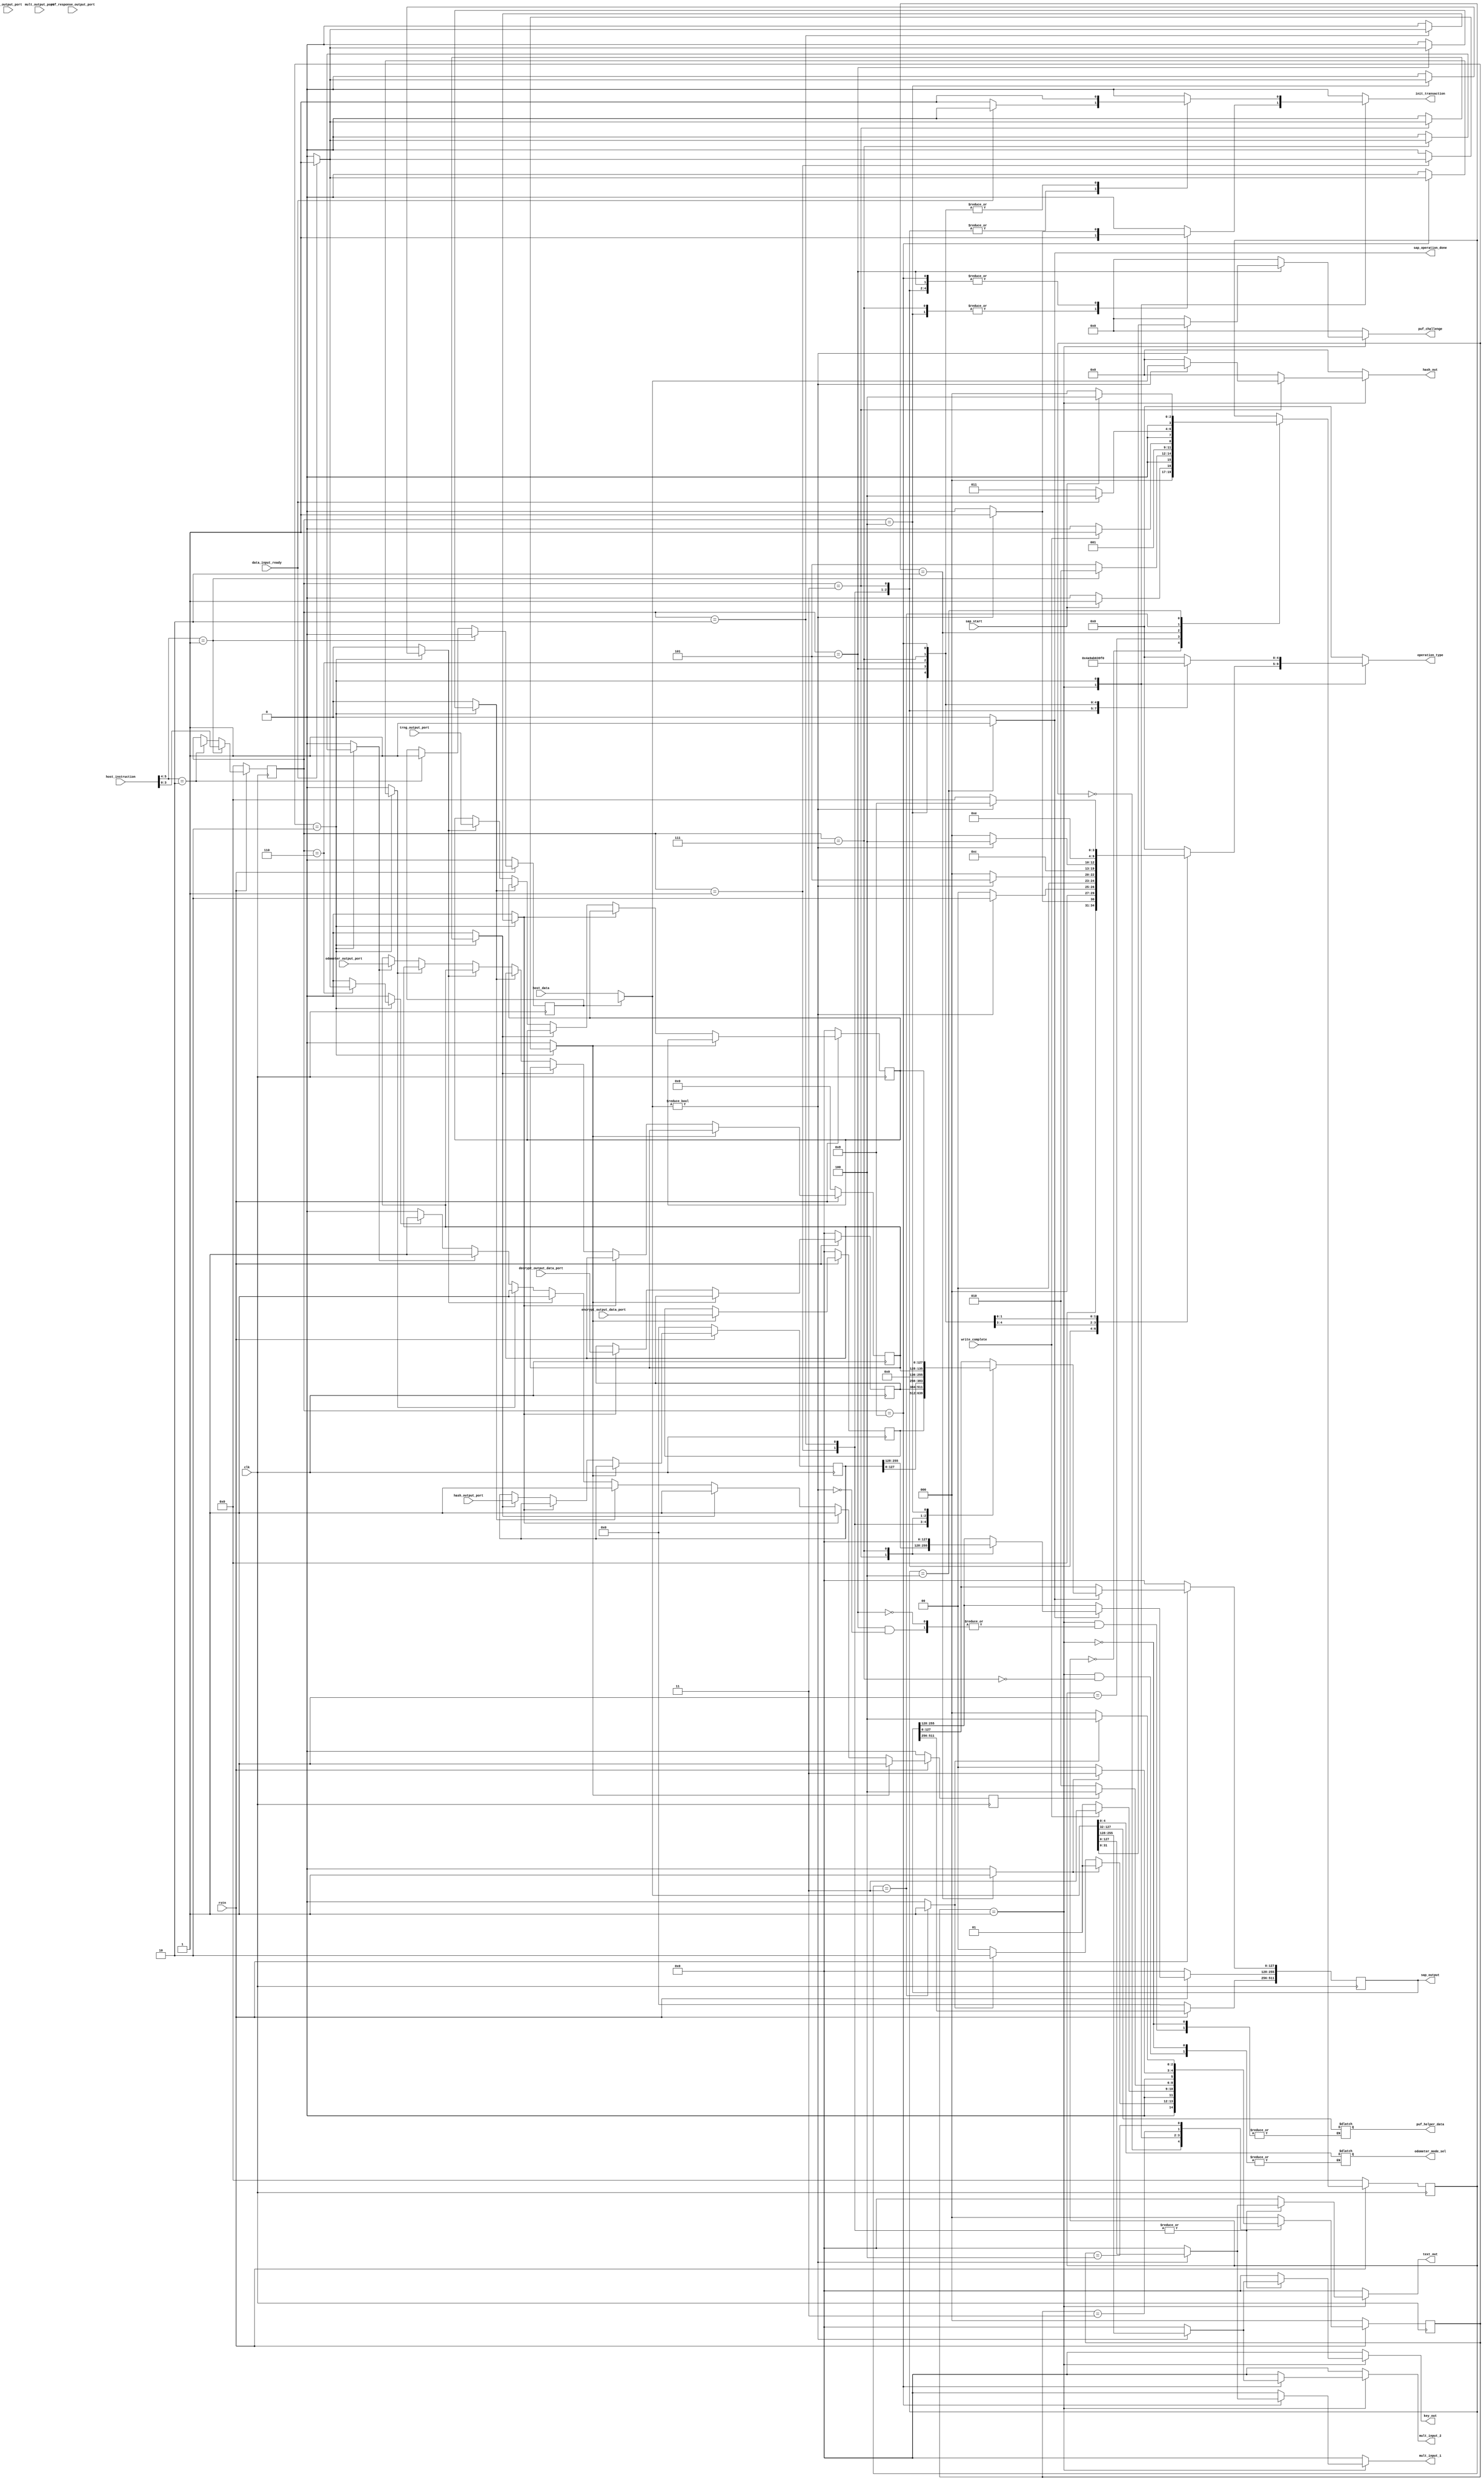
`timescale 1ns / 1ps
//////////////////////////////////////////////////////////////////////////////////
// Company: FICS
// 
// Design Name: SAP
// Module Name: sap_master
// Project Name: SAP
// Target Devices: 
// Tool Versions: 
// Description: 
// 
// Dependencies: 
// 
// Revision:
// Revision 0.01 - File Created
// Additional Comments:
// 
//////////////////////////////////////////////////////////////////////////////////


module sap_master #(
	parameter integer INSTRUCT_SIZE = 4,
	parameter integer HOST_INSTRUCT_SIZE = 6,
	parameter SECURE_FUNC_ENC = 2'b10,
	parameter NON_SECURE_FUNC_ENC = 2'b01,
	parameter INSTRUCT_ENCRPT   = 4'b0001,
	parameter INSTRUCT_DECRPT   = 4'b0010,
	parameter INSTRUCT_HASH     = 4'b0011,
	parameter INSTRUCT_TRNG     = 4'b0100,
	parameter INSTRUCT_PUF      = 4'b0101,
	parameter INSTRUCT_ERR_COR  = 4'b0110,
	parameter INSTRUCT_ODOMETER = 4'b0111,
	parameter INSTRUCT_MULT     = 4'b1000,
	parameter INSTRUCT_RAM_WRITE = 4'b1001,
	parameter INSTRUCT_RAM_READ = 4'b1010,
	parameter integer NO_OF_SLAVE = 7,
	
	//
	parameter integer ADDR_BUS_WIDTH = 32,
	parameter integer DATA_BUS_WIDTH = 32,
	parameter integer INPUT_DATA_SIZE = 128,
	parameter integer MAX_INPUT_DATA_SIZE = 512,
	parameter integer AES_TEXT_KEY_SIZE = 128,
	parameter integer HASH_INPUT_SIZE = 512,
	parameter integer ODOMETER_INPUT_SIZE = 5,
	parameter integer PUF_CHALLENGE_SIZE = 32,
	parameter integer PUF_HELPER_WIDTH = 96,
	parameter integer MULT_INPUT_SIZE = 128,
	parameter integer HASH_OUTPUT_SIZE = 256,
	parameter integer PUF_RESPONSE_SIZE = 256 ,
	parameter integer TRNG_DATA_SIZE = 128,
	parameter integer MULT_OUTPUT_SIZE = 128,
	parameter integer ODOMETER_OUTPUT_SIZE = 8,
	parameter integer ECC_OUTPUT_SIZE = 128,
	parameter integer MAX_OUTPUT_DATA_SIZE = 512,
	//
	parameter integer OPERATION_ENCODE_SIZE = 5,
	parameter ENCRPT_WRITE_ENCODE   = 5'b00001,
	parameter DECRPT_WRITE_ENCODE   = 5'b00010,
	parameter TRNG_WRITE_ENCODE     = 5'b00011,
	parameter PUF_WRITE_ENCODE      = 5'b00100,
	parameter HASH_WRITE_ENCODE     = 5'b00101,
	parameter ECC_WRITE_ENCODE      = 5'b00110,
	parameter ODOMETER_WRITE_ENCODE = 5'b00111,
	parameter MULT_WRITE_ENCODE     = 5'b01000,
	parameter ENCRPT_READ_ENCODE    = 5'b01001,
	parameter DECRPT_READ_ENCODE    = 5'b01010,
	parameter TRNG_READ_ENCODE      = 5'b01011,
	parameter PUF_READ_ENCODE       = 5'b01100,
	parameter HASH_READ_ENCODE      = 5'b01101,
	parameter ECC_READ_ENCODE       = 5'b01110,
	parameter ODOMETER_READ_ENCODE  = 5'b01111,
	parameter MULT_READ_ENCODE      = 5'b10000,
	parameter RAM_WRITE_ENCODE      = 5'b10001,
	parameter RAM_READ_ENCODE      = 5'b10010,
	
	parameter total_number_byte_size = 8,
	parameter enable_data_out_size = 32,
	parameter ecc_mult_input_size = 32,
	parameter ECC_input_size = 128,
	parameter test_response_size = 32,
	parameter KS_value_size = 4,
	parameter P_value_size = 4,
	parameter capture_count_size = 16,
	//parameter output_response_size = 1024;
	parameter TRNG_output_size = 128,
	parameter Private_key_chip_size = 128,
	parameter hash_output_size = 256,
	parameter ecc_output_size = 256
	
	//Base addresses
//	parameter AES_WRITE_BASE_ADDR = 32'h00000000,
//	parameter AES_READ_BASE_ADDR = 32'h00000190,
//	parameter TRNG_WRITE_BASE_ADDR = 32'h00000320,
//	parameter TRNG_READ_BASE_ADDR = 32'h000004B0,
//	parameter HASH_WRITE_BASE_ADDR = 32'h00000640,
//	parameter HASH_READ_BASE_ADDR= 32'h000007D0,
//	parameter PUF_WRITE_BASE_ADDR = 32'h00000960,
//	parameter PUF_READ_BASE_ADDR= 32'h00000AF0,
//	parameter ECC_WRITE_BASE_ADDR = 32'h00000C80,
//	parameter ECC_READ_BASE_ADDR= 32'h00000E10,
//	parameter ODOMTR_WRITE_BASE_ADDR = 32'h00000FA0,
//	parameter ODOMTR_READ_BASE_ADDR= 32'h00001130,
//	parameter MULT_WRITE_BASE_ADDR = 32'h000012C0,
//	parameter MULT_READ_BASE_ADDR= 32'h00001450



)( clk, rstn, host_instruction, host_data, write_complete, text_out, key_out, operation_type, hash_out, odometer_mode_sel, puf_challenge, puf_helper_data,
mult_input_1, mult_input_2, encrypt_output_data_port, decrypt_output_data_port, hash_output_port, puf_response_output_port,
trng_output_port, mult_output_port, odometer_output_port, ecc_output_port, data_input_ready, init_transaction, sap_start, sap_operation_done, sap_output


    );
    
    //`include "parameter_sap.v"
    
    //Global Input signals and inputs from host
    input clk, rstn;
    input [HOST_INSTRUCT_SIZE-1:0] host_instruction;
    input [MAX_INPUT_DATA_SIZE-1:0] host_data;
    input sap_start;
    
    //Inputs from SAP master wrapper for internal transactions
    
    input data_input_ready;
    input write_complete;
    input [AES_TEXT_KEY_SIZE-1:0] encrypt_output_data_port, decrypt_output_data_port;
    input [HASH_OUTPUT_SIZE-1:0] hash_output_port;
    input [PUF_RESPONSE_SIZE-1:0] puf_response_output_port;
    input [TRNG_DATA_SIZE-1:0] trng_output_port;
    input [MULT_OUTPUT_SIZE-1:0] mult_output_port;
    input [ODOMETER_OUTPUT_SIZE-1:0] odometer_output_port;
    input [ECC_OUTPUT_SIZE-1:0] ecc_output_port;
    
    //output signals to host
    //output reg busy;
    output reg sap_operation_done;
	output reg [MAX_OUTPUT_DATA_SIZE-1:0] sap_output;
    
    //Output signals to wrapper for internal transactions
   
    output reg [AES_TEXT_KEY_SIZE-1:0] text_out;
    output reg [AES_TEXT_KEY_SIZE-1:0] key_out;
    output reg [HASH_INPUT_SIZE-1:0] hash_out;
    output reg [ODOMETER_INPUT_SIZE-1:0] odometer_mode_sel;
    output reg [PUF_CHALLENGE_SIZE-1:0] puf_challenge;
	output reg [PUF_HELPER_WIDTH-1:0] puf_helper_data;
    output reg [MULT_INPUT_SIZE-1:0] mult_input_1, mult_input_2;
    output reg [OPERATION_ENCODE_SIZE-1:0] operation_type;
    output reg init_transaction;
    
    reg [MAX_INPUT_DATA_SIZE-1:0] input_data_port;
    wire [MAX_INPUT_DATA_SIZE-1:0] internal_data_port;
    wire [HASH_INPUT_SIZE-1:0] hash_input;
    wire [1:0] secure_or_non;
    reg input_select;
    reg [INSTRUCT_SIZE-1:0] input_instuct;
    reg [AES_TEXT_KEY_SIZE-1:0] encrypt_output, decrypted_output;
    reg [HASH_OUTPUT_SIZE-1:0] hash_output;
    reg [PUF_RESPONSE_SIZE-1:0] puf_response_output;
    reg [TRNG_DATA_SIZE-1:0] trng_output;
    reg [MULT_OUTPUT_SIZE-1:0] mult_output;
    reg [ODOMETER_OUTPUT_SIZE-1:0] odometer_output;
    reg [ECC_OUTPUT_SIZE-1:0] ecc_output;
    reg encrypt_output_ready, decrypt_output_ready, hash_output_ready, puf_response_ready;
    reg trng_output_ready, mult_output_ready, odometer_output_ready, ecc_output_ready;
    reg input_data_transfer_complete;
    reg non_secure_func_start;
    reg secure_func_start;
    reg [INSTRUCT_SIZE-1:0] sap_secure_instruction;
    reg [NO_OF_SLAVE-1:0] slave_busy;
    reg write_start, read_start;
//    reg done_write, done_read;
    //Input select determines whether the input is coming from HOST processor or from inside SAP
    
	always @(input_select or host_data or internal_data_port)
		begin
			if (input_select  == 0)
				input_data_port <= host_data;
			else 
				input_data_port <= internal_data_port;
		end
    
    assign secure_or_non = host_instruction[HOST_INSTRUCT_SIZE-1:HOST_INSTRUCT_SIZE-2];
    
    // Instruction decode for secure and non-secure task. assignment of input_instuct
    
    always @(posedge clk )
    begin
        if (rstn == 0)
            begin
                input_instuct <= 0;
                input_select <= 0;
            end
        else 
            begin
                if (secure_or_non == NON_SECURE_FUNC_ENC)
                    begin
                        input_instuct <= host_instruction[HOST_INSTRUCT_SIZE-3:0];
                        input_select <= 0;
                    end
                else if (secure_or_non == SECURE_FUNC_ENC)
                    begin
                        input_instuct <= sap_secure_instruction;
                        input_select <= 1;
                    end
            end
    end
	
	// SAP output to host
	
	always @(posedge clk)
		begin
			if (rstn == 0)
				begin
					sap_output <= 0;
				end
				
			else 
				begin
					if (sap_operation_done == 1)
						begin
							case (input_instuct)
									INSTRUCT_ENCRPT  : begin sap_output[AES_TEXT_KEY_SIZE-1:0] <= encrypt_output; end
									INSTRUCT_DECRPT  : begin sap_output[AES_TEXT_KEY_SIZE-1:0] <= decrypted_output; end
									INSTRUCT_HASH    : begin sap_output[HASH_OUTPUT_SIZE-1:0] <= hash_output; end
									INSTRUCT_ODOMETER: begin sap_output[HASH_OUTPUT_SIZE-1:0] <= odometer_output; end
									INSTRUCT_TRNG    : begin sap_output[TRNG_DATA_SIZE-1:0] <= trng_output; end
									
							endcase
						end
						
				end
		
		end
    
    // Determining if any slave is busy or idle
    
    always @(posedge clk)
        begin
            if (rstn == 0)
                begin
                    slave_busy <= 0;
                end
              
             else if (write_complete == 1)
                begin
                    case (input_instuct)
                        INSTRUCT_ENCRPT  : begin slave_busy[0] <= 1; end
                        INSTRUCT_DECRPT  : begin slave_busy[0] <= 1; end
                        INSTRUCT_HASH    : begin slave_busy[1] <= 1; end
                        INSTRUCT_TRNG    : begin slave_busy[2] <= 1; end
                        INSTRUCT_PUF     : begin slave_busy[3] <= 1; end
                        INSTRUCT_ERR_COR : begin slave_busy[4] <= 1; end
                        INSTRUCT_ODOMETER: begin slave_busy[5] <= 1; end
                        INSTRUCT_MULT    : begin slave_busy[6] <= 1; end
                     endcase
                end
             else if (input_data_transfer_complete == 1)
                begin
                    case (input_instuct)
                        INSTRUCT_ENCRPT  : begin slave_busy[0] <= 0; end
                        INSTRUCT_DECRPT  : begin slave_busy[0] <= 0; end
                        INSTRUCT_HASH    : begin slave_busy[1] <= 0; end
                        INSTRUCT_TRNG    : begin slave_busy[2] <= 0; end
                        INSTRUCT_PUF     : begin slave_busy[3] <= 0; end
                        INSTRUCT_ERR_COR : begin slave_busy[4] <= 0; end
                        INSTRUCT_ODOMETER: begin slave_busy[5] <= 0; end
                        INSTRUCT_MULT    : begin slave_busy[6] <= 0; end
                     endcase
                end
  
        end
        
   
    //Registers to store the read data from slaves
     always @(posedge clk) begin
        if (rstn == 0) begin
          
			encrypt_output <= 0;
			decrypted_output <= 0;
			hash_output <= 0;
			puf_response_output <= 0;
			trng_output <=0;
			mult_output <= 0;
			odometer_output <= 0;
			ecc_output <= 0;
			input_data_transfer_complete <= 0;
        end
        
     else if (encrypt_output_ready == 1) 
        begin
            encrypt_output <= encrypt_output_data_port;  
            input_data_transfer_complete <= 1;
        end   
     else if (decrypt_output_ready == 1)  
        begin      
            decrypted_output <= decrypt_output_data_port;  
            input_data_transfer_complete <= 1;
        end
     else if (hash_output_ready == 1)       
        begin 
            hash_output <= hash_output_port;        
            input_data_transfer_complete <= 1;
        end    
     else if (puf_response_ready == 1)     
        begin   
            puf_response_output <= puf_response_output_port;
            input_data_transfer_complete <= 1;
        end    
     else if (trng_output_ready == 1) 
        begin
            trng_output <= trng_output_port;    
            input_data_transfer_complete <= 1;    
        end 
     else if (mult_output_ready == 1) 
        begin
            mult_output <= mult_output_port;     
            input_data_transfer_complete <= 1; 
        end  
     else if (odometer_output_ready == 1) 
        begin
            odometer_output <= odometer_output_port;    
            input_data_transfer_complete <= 1;
        end
     else if (ecc_output_ready == 1) 
        begin
            ecc_output <= ecc_output_port;   
            input_data_transfer_complete <= 1;   
        end   
    //#################################################################################
    else
        input_data_transfer_complete <= 0;
     end
     //#################################################################################
     
    //FSM for managing read and write to the components
    localparam   IDLE  = 'd0,
                WRITE = 'd1,
                READ  = 'd2,
                WRITE_DONE  = 'd3,
                READ_DONE = 'd4;
        
    reg [2:0] state, next_state;
            
    always @(posedge clk)
    begin
        if (rstn == 0)
            state <= IDLE;
        else 
            state <= next_state;
    end
    
    always @(*)
    begin
    
//        error <= 0;
        next_state <= state;
        init_transaction <= 0;
//        done_write <= 0;
//        done_read <= 0;
        text_out <= 0;
        key_out <= 0;
        operation_type <= 0;
        hash_out <= 0;
        puf_challenge <= 0;
        mult_input_1 <= 0;
        mult_input_2 <= 0;
        encrypt_output_ready <= 0;
        decrypt_output_ready <= 0;
        hash_output_ready <= 0;
        trng_output_ready <= 0;
        puf_response_ready <= 0;
        ecc_output_ready <= 0;
        odometer_output_ready <= 0;
        mult_output_ready <= 0;
        case(state)
            IDLE:   begin
                        if (write_start == 1)
                            next_state <= WRITE;
                        else if (read_start == 1)
                            next_state <= READ;
                        else 
                            next_state <= IDLE;
                    end
                    
             WRITE: begin    
                         if (write_complete == 1)
                            begin
                                init_transaction <= 0;
                                next_state <= WRITE_DONE;
                            end
                         else 
                                next_state <= WRITE;
                              
                                            
                       case (input_instuct)
                       INSTRUCT_ENCRPT:     begin
                                                    
                                                    if (input_data_port != 0)
                                                    begin
                                                            text_out <= input_data_port[AES_TEXT_KEY_SIZE-1:0];
                                                            key_out <= input_data_port[AES_TEXT_KEY_SIZE*2-1:AES_TEXT_KEY_SIZE];
                                                            operation_type <= ENCRPT_WRITE_ENCODE;
                                                            init_transaction <= 1;
                                                           
                                                    end
                                                                                                     
                                            end
                                            
                       INSTRUCT_DECRPT:     begin
                                                    if (input_data_port != 0)
                                                    begin
                                                            text_out <= input_data_port[AES_TEXT_KEY_SIZE-1:0];
                                                            key_out <= input_data_port[AES_TEXT_KEY_SIZE*2-1:AES_TEXT_KEY_SIZE];
                                                            operation_type <= DECRPT_WRITE_ENCODE;
                                                            init_transaction <= 1;
                                                       
                                                    end
                                                                                                      
                                            end 
                                            
                       INSTRUCT_HASH:       begin
                                                    if (input_data_port != 0)
                                                    begin
                                                            hash_out <= input_data_port[HASH_INPUT_SIZE-1:0];
                                                            operation_type <= HASH_WRITE_ENCODE;
                                                            init_transaction <= 1;
                                                        
                                                    end
                                                    
                                            end 
                                            
                       INSTRUCT_TRNG:       begin
                                                    operation_type <= TRNG_WRITE_ENCODE;
                                                    init_transaction <= 1;
                                                  
                                                    
                                            end 
                                            
                       INSTRUCT_PUF:        begin
                                                    if (input_data_port != 0)
                                                    begin
                                                            puf_challenge <= input_data_port[PUF_CHALLENGE_SIZE-1:0];
															puf_helper_data <= input_data_port[PUF_CHALLENGE_SIZE+PUF_HELPER_WIDTH-1:PUF_CHALLENGE_SIZE];
                                                            operation_type <= PUF_WRITE_ENCODE;
                                                            init_transaction <= 1;
                                                          
                                                    end
                                                    
                                            end 
                                            
                       INSTRUCT_RAM_WRITE:    begin
                                                      
                                            end 
                                            
                       INSTRUCT_ODOMETER:   begin
                                                    odometer_mode_sel <= input_data_port[ODOMETER_INPUT_SIZE-1:0];
                                                    operation_type <= ODOMETER_WRITE_ENCODE;
                                                    init_transaction <= 1;
                                               
                                            end
                                           
                                            
                       INSTRUCT_MULT:       begin
                                                    if (input_data_port != 0)
                                                    begin
                                                            mult_input_1 <= input_data_port[MULT_INPUT_SIZE-1:0];
                                                            mult_input_2 <= input_data_port[MULT_INPUT_SIZE*2-1:MULT_INPUT_SIZE];
                                                            operation_type <= MULT_WRITE_ENCODE;
                                                            init_transaction <= 1;
                                                        
                                                    end
                                                    
                                            end
                       endcase                   
                    end
                    
             READ: begin
                            
                         if (input_data_transfer_complete == 1) 
                            begin
                                init_transaction <= 0;
                                next_state <= READ_DONE;
                            end
                         else 
                            begin
                                next_state <= READ;
                            end
                            
                        case (input_instuct)
                        
                        INSTRUCT_ENCRPT:    begin
                                                operation_type <= ENCRPT_READ_ENCODE;
                                                init_transaction <= 1;
                                                //#################################################################################
                                                if (data_input_ready == 1 )
                                                begin 
                                                    encrypt_output_ready <= 1;
                                                    init_transaction <= 0;
                                                end
                                                //#################################################################################
                                                
 
                                            end
                                            
                        INSTRUCT_DECRPT:    begin
                                                operation_type <= DECRPT_READ_ENCODE;
                                                init_transaction <= 1;
                                                //#################################################################################
                                                if (data_input_ready == 1 )
                                                begin 
                                                    decrypt_output_ready <= 1;
                                                    init_transaction <= 0;
                                                end
                                                //#################################################################################
 
                                            end
                                            
                        INSTRUCT_HASH:      begin
                                                 operation_type <= HASH_READ_ENCODE;
                                                 init_transaction <= 1;
                                                 
                                                 if (data_input_ready == 1 ) 
                                                 begin
                                                    hash_output_ready <= 1;
                                                    init_transaction <= 0;
                                                 end
                                                      
                                            end
                                            
                        INSTRUCT_TRNG:      begin
                                                operation_type <= TRNG_READ_ENCODE;
                                                init_transaction <= 1;
                                                
                                                if (data_input_ready == 1 ) 
                                                    trng_output_ready <= 1;
                                                    
                                            end
                                            
                        INSTRUCT_PUF:       begin
                                                operation_type <= PUF_READ_ENCODE;
                                                init_transaction <= 1;
                                                
                                                 if (data_input_ready == 1 ) 
                                                    puf_response_ready <= 1;
                                                    
                                            end
                                            
                        INSTRUCT_ERR_COR:   begin
                                                operation_type <= ECC_READ_ENCODE;
                                                init_transaction <= 1;
                                                
                                                if (data_input_ready == 1 ) 
                                                    ecc_output_ready <= 1;
                                                    
                                            end
                                            
                        INSTRUCT_ODOMETER:  begin
                                                operation_type <= ODOMETER_READ_ENCODE;
                                                init_transaction <= 1;
                                                
                                                if (data_input_ready == 1 ) 
                                                    odometer_output_ready <= 1;
                                                    
                                            end
                                            
                        INSTRUCT_MULT:      begin
                                                operation_type <= MULT_READ_ENCODE;
                                                init_transaction <= 1;
                                                
                                                if (data_input_ready == 1 ) 
                                                    mult_output_ready <= 1;
                                                        
                         
                                            end
                        
                        endcase
                    end
                    
             WRITE_DONE: begin
//                            done_write <= 1;
                            if (write_start == 0)
                                next_state <= IDLE;
                            else 
                                next_state <= WRITE_DONE;
                         end   
                         
             READ_DONE: begin
//                            done_read <= 1;                                
                            if (read_start == 0)
                                next_state <= IDLE;
                            else 
                                next_state <= READ_DONE;
                        end
             
             default: 
                            next_state <= IDLE;
        endcase
    
    end
    
    // SAP FSM Controller 
     localparam  SAP_IDLE     = 'd0,
                SAP_S_OR_NS  = 'd1,
                SAP_NS_WRITE = 'd2,
                SAP_NS_READ  = 'd3,  
                SAP_NS_DONE  = 'd4,
                SAP_S_WRITE  = 'd5;
                
     reg [3:0] sap_state, sap_next_state;
     
     always @(posedge clk)
        begin
            if (rstn == 0)
                sap_state <= SAP_IDLE;
            else 
                sap_state <= sap_next_state;
        end
    
    always @(*)
        begin
            sap_operation_done <= 0;
            sap_next_state <= sap_state;
            write_start <= 0;
            read_start <= 0;
            
            case(sap_state)
                SAP_IDLE:   begin
                                if (sap_start == 1)
                                    sap_next_state <= SAP_S_OR_NS;
                                else 
                                    sap_next_state <= SAP_IDLE;
                            end
                            
                SAP_S_OR_NS: begin
                                if (secure_or_non == NON_SECURE_FUNC_ENC) 
                                    sap_next_state <= SAP_NS_WRITE;    
                                else 
                                    sap_next_state <= SAP_S_WRITE; 
                              end  
                SAP_NS_WRITE: begin
                                    write_start <= 1;
                                    //#################################################################################
                                    if (write_complete == 1)
                                    //#################################################################################
                                        sap_next_state <= SAP_NS_READ;  
                                    else 
                                        sap_next_state <= SAP_NS_WRITE; 
                              end
                SAP_NS_READ: begin
                                    write_start <= 0;
                                    read_start <= 1;
                                    //#################################################################################
                                    if (data_input_ready == 1)
                                    //#################################################################################
                                        sap_next_state <= SAP_NS_DONE;  
                                    else 
                                        sap_next_state <= SAP_NS_READ; 
                              end     
                SAP_NS_DONE:  begin
                                    read_start <= 0;
                                    sap_operation_done <= 1;
                                    if (sap_start == 0)
                                        sap_next_state <= SAP_IDLE;  
                                    else 
                                        sap_next_state <= SAP_NS_DONE; 
                              end                   
                        
            endcase
        end
endmodule